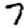
Digit: 7